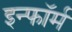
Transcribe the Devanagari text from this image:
इन्फॉर्म